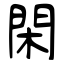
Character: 閑